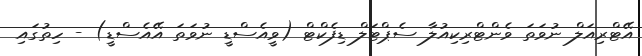
އޭޓްރިއަލް ނުވަތަ ވެންޓްރިކިއުލާ ސެޕްޓަލް ޑިފެކްޓް (ވީއެސްޑީ ނުވަތަ އޭއެސްޑީ) - ހިތުގައި